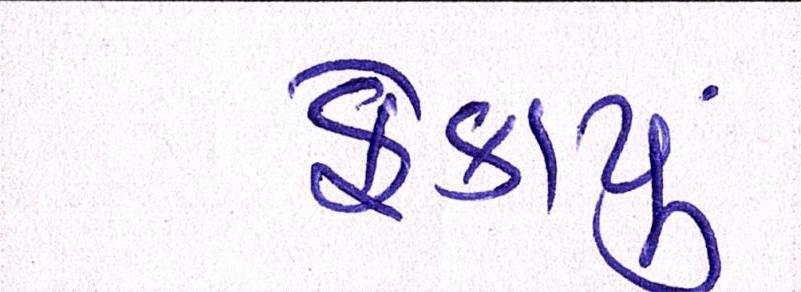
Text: ફેકાયું